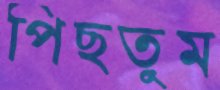
পিছতুম